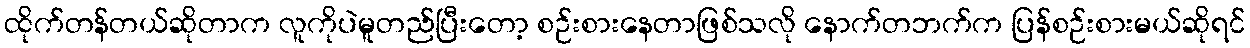
ထိုက်တန်တယ်ဆိုတာက လူကိုပဲမူတည်ပြီးတော့ စဉ်းစားနေတာဖြစ်သလို နောက်တဘက်က ပြန်စဉ်းစားမယ်ဆိုရင်